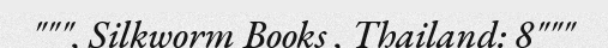
""", Silkworm Books , Thailand: 8"""